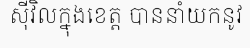
ស៊ីវិលក្នុងខេត្ត បាននាំយកនូវ